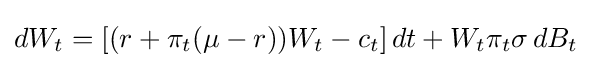
dW_{t}=[(r+\pi _{t}(\mu -r))W_{t}-c_{t}]\,dt+W_{t}\pi _{t}\sigma \,dB_{t}